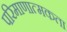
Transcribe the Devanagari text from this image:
परिमाणात्मकता